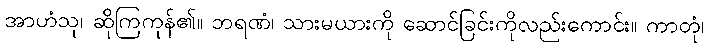
အာဟံသု၊ ဆိုကြကုန်၏။ ဘရဏံ၊ သားမယားကို ဆောင်ခြင်းကိုလည်းကောင်း။ ကာတုံ၊